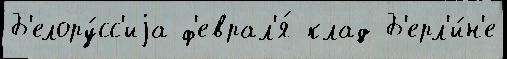
Б'елору́сс'иjа ф'еврал'я́ клад Б'ерл'и́н'е